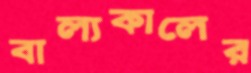
বাল্যকালের